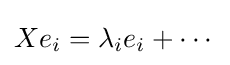
Xe_{i}=\lambda _{i}e_{i}+\cdots